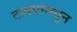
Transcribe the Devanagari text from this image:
टाक्यांमधून